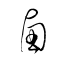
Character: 鹵